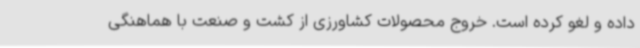
داده و لغو کرده است. خروج محصولات کشاورزی از کشت و صنعت با هماهنگی